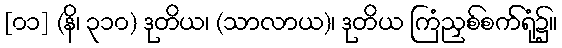
[၀၁] (နိ၊ ၃၁၀) ဒုတိယ၊ (သာလာယ)၊ ဒုတိယ ကြံညှစ်စက်ရုံ၌။